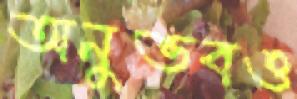
অনুভবও